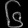
Digit: ၆